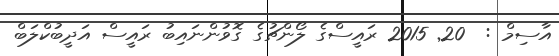
އާސިމް :  20